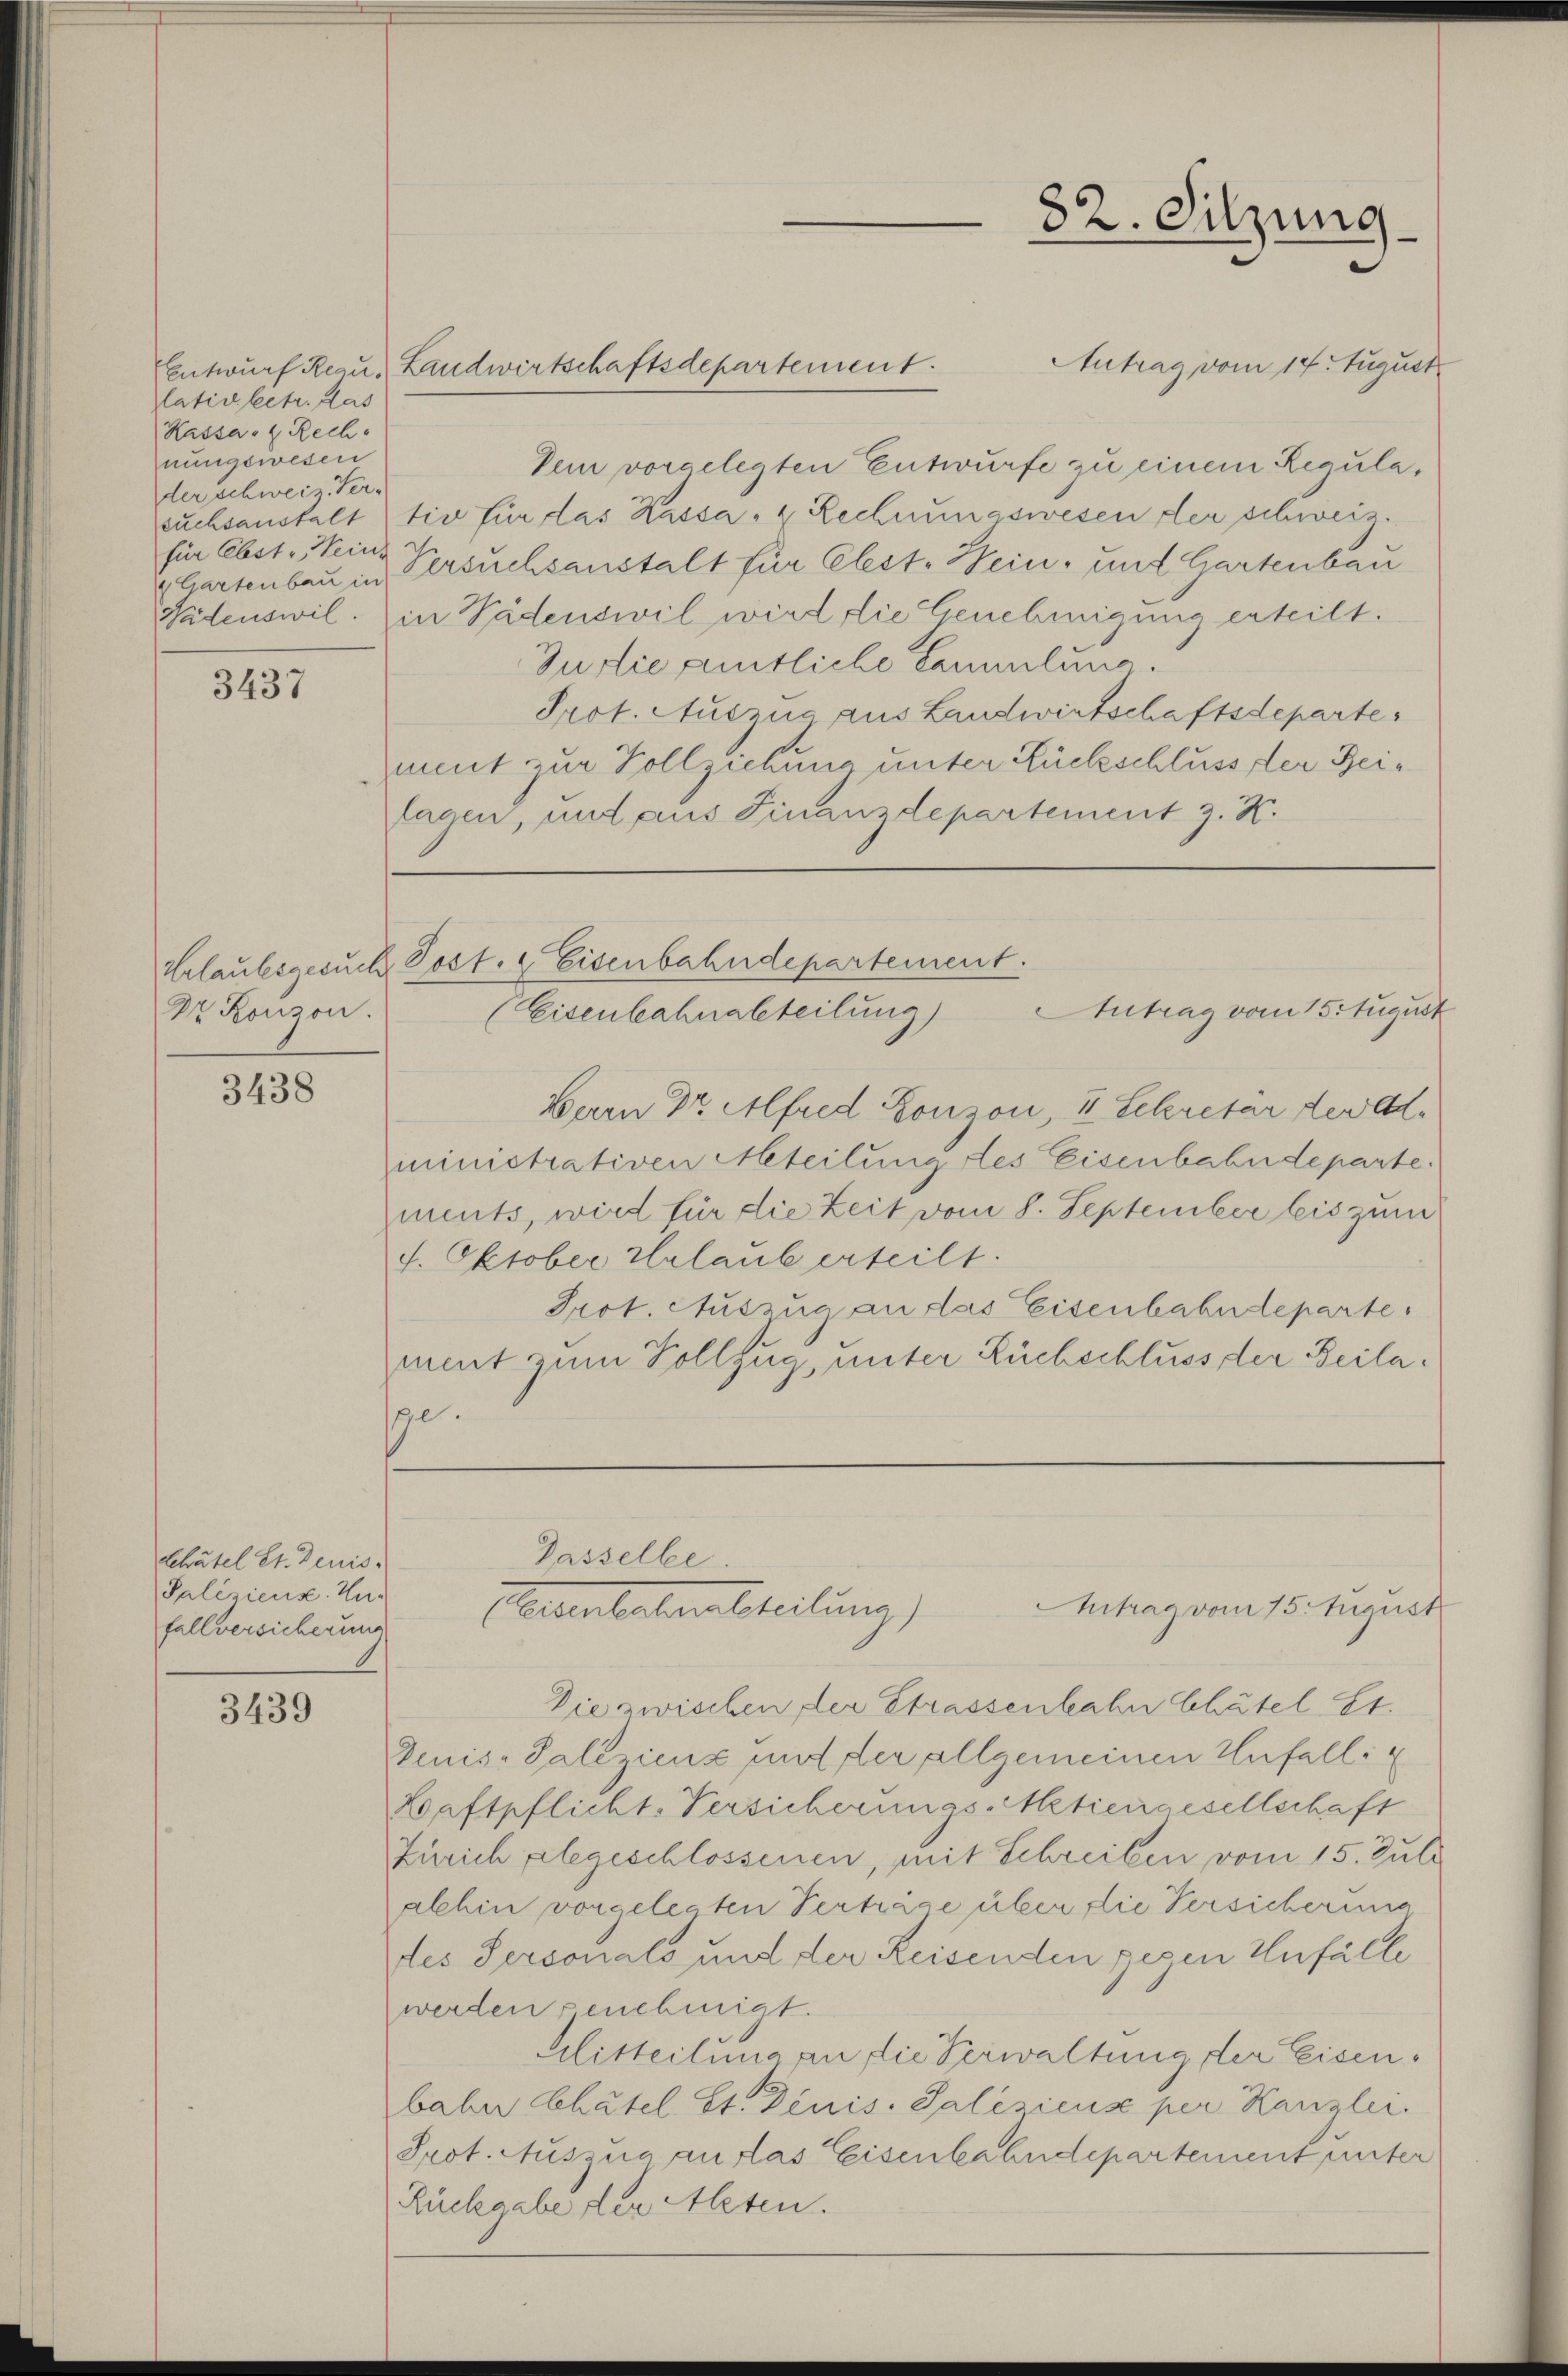
lativ betr. das
Kassa. 4 Rech
nungswesen
der schweiz. Ver-
für Abste, einz

3437

Dr. Konzen.

3438

Schatel St. Jenis¬
Paliziens. Hug
fallversicherung

3439

Antrag vom 14. August
Dein vorgelegten Entwurfe zu einem Regulasuchsanstalt tio für das Kassa, u. Rechnungswesen der schweiz.
 Gartenbau in Versuchsanstalt für Elest. Nein, und Gartenbau
Patenswil. in Pädenswil wird die Genehmigung erteilt.
Jurtie amtliche Sammlung.
Prof. Auszug aus Landwirtschaftsdeparte
ment zur Vollziehung unter Rückschluss der Reilagen, und aus Finanzdepartement z. K.

Entwurf Reau, Landwirtschaftsdepartement.

82. Sitzung

Urlaubsgesuch Post. Eisenbahndepartement.
Antrag vom 15. August
(Eisenbahnabteilung)

Bern Dr. Alfred Lonzon, I. Sekretär der Administrativen Meteilung des Eisenbahndeparte.
ments, wird für die Zeit vom 8. September leis zum
f. Oktober Urlaub erteilt.
Prot. Auszug an das Eisenbahndeparte
ment zum Vollzug, unter Rückschluss der Beilae.

Die zwischen der Strassenbahn Chätel St.
Denis-Paliziens und der allgemeinen Unfall
Kaftpflicht-Versicherungs-Metiengesellschaft
Zürich elegeschlossenen, mit Schreiben vom 15. Juli
alchin vorgelegten Verträge über die Versicherung
tes Sersonals und der Reisenden gegen Unfälle
werden genehmigt.
Mitteilung an die Verwaltung der Eisenbaber Chatel St. Denis. Salisicus per Kanzlei.
Prot. Auszug auslas Eisenbahndepartement unter
Rückgabe der Alten.

Gasselbe.
Antrag vom 15. August
Aeberlebenstheilung)